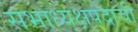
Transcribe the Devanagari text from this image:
सभाध्यक्षपदाची